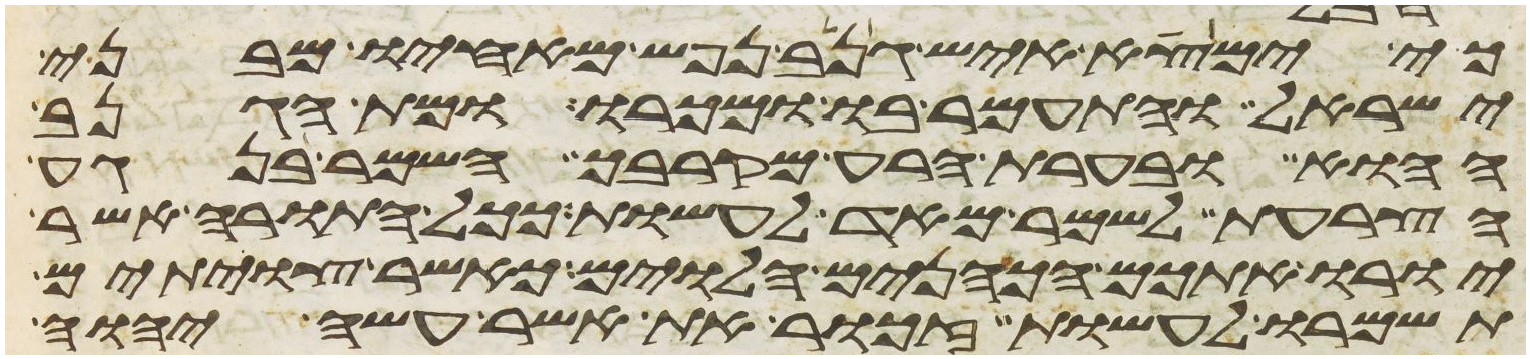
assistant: כי ימצא איש גנב נפש מאחיו מבני
ישראל והתעמר בו ומכרו ומת הגנב
ההוא ובערת הרע מקרבך השמר בנגע
הצרעת לשמר מאד לעשות ככל התורה אשר
יורו אתכם הכהנים הלוים כאשר צויתם
תשמרו לעשות זכור את אשר עשה יהוה